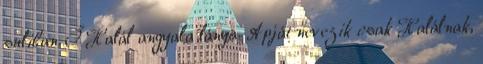
suliban. Ő Halál angyala lánya. Apját nevezik csak Halálnak,